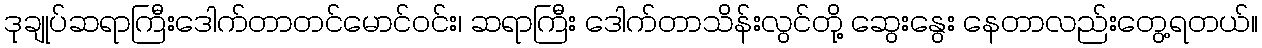
ဒုချုပ်ဆရာကြီးဒေါက်တာတင်မောင်ဝင်း၊ ဆရာကြီး ဒေါက်တာသိန်းလွင်တို့ ဆွေးနွေး နေတာလည်းတွေ့ရတယ်။